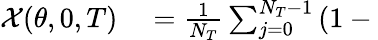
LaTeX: \begin{array}{rl}{\mathcal{X}(\theta,0,T)}&{{}=\frac{1}{N_{T}}\sum_{j=0}^{N_{T}-1}\left(1-\Biggl.\right.}\end{array}